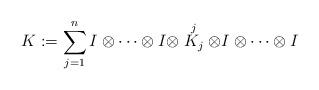
LaTeX: \begin{align*}K := \sum _{j=1} ^n I \otimes \cdots \otimes I \otimes \stackrel{j}{K_j} \otimes I \otimes \cdots \otimes I\end{align*}